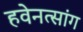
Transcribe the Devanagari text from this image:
हवेनत्सांग